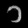
Digit: ၁